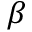
\beta